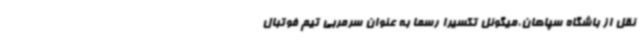
نقل از باشگاه سپاهان،میگوئل تکسیرا رسماً به عنوان سرمربی تیم فوتبال